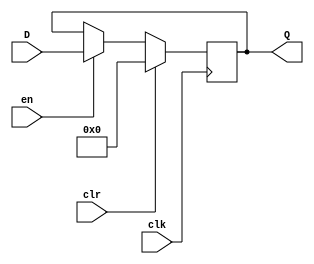
module gen_reg(
			output reg[31:0] Q,
			input [31:0] D,
			input en, clr, clk
);

			initial Q = 0;
			
always @(posedge clk)
	begin
			if(clr)
					Q = 0;
			else if(en)
					Q = D;
	end
endmodule